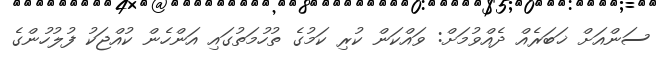
ސަންއަށް ޚަބަރެއް ދެއްވުމަށް: ވައްކަން ކުރި ކަމުގެ ތުހުމަތުގައި އަންހެން ކުއްޖަކު ފުލުހުންގެ